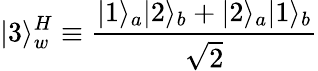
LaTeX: |3\rangle_{w}^{H}\equiv{\frac{|1\rangle_{a}|2\rangle_{b}+|2\rangle_{a}|1\rangle_{b}}{\sqrt{2}}}